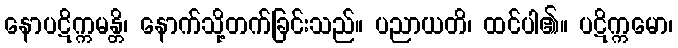
နောပဋိက္ကမန္တိ၊ နောက်သို့တက်ခြင်းသည်။ ပညာယတိ၊ ထင်ပါ၏။ ပဋိက္ကမော၊